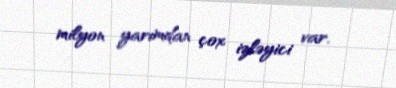
milyon yarımdan çox izləyici var.